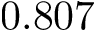
0 . 8 0 7